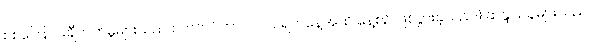
စစ်ကြောင်းချီတက်မှုများသည် စက်တင်ဘာလ ၁၉ ရက်နေ့အထိ နေ့စဉ် ဖြစ်ပွားခဲ့သည်။) ဆန္ဒပြသူများသည်